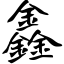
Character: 鑫